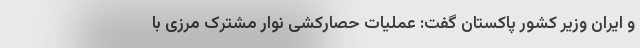
و ایران وزیر کشور پاکستان گفت: عملیات حصارکشی نوار مشترک مرزی با